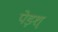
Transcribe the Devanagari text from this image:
पेड़श्